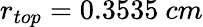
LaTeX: r_{top}=0.3535~cm